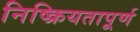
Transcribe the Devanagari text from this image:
निष्क्रियतापूर्ण